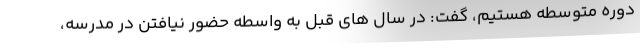
دوره متوسطه هستیم، گفت: در سال های قبل به واسطه حضور نیافتن در مدرسه،